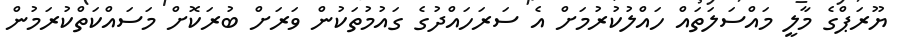
ޔޫރަޕްގެ މާލީ މައްސަލަތައް ހައްލުކުރުމަށް އެ ސަރަހައްދުގެ ގައުމުތަކުން ވަރަށް ބުރަކޮށް މަސައްކަތްކުރަމުން